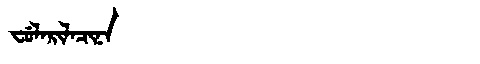
Manchu: ᠸᡠᠯᠠᡵᡳᠯᠠᠴᡳᠨᠠ
Romanization: FULARILACINA